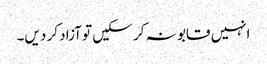
انہیں قابو نہ کر سکیں تو آزاد کر دیں۔